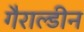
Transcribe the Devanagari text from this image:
गैराल्डीन